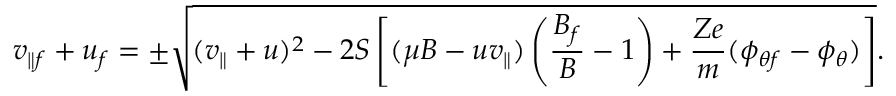
v _ { \parallel f } + u _ { f } = \pm \sqrt { ( v _ { \parallel } + u ) ^ { 2 } - 2 S \left[ ( \mu B - u v _ { \parallel } ) \left( \frac { B _ { f } } { B } - 1 \right) + \frac { Z e } { m } ( \phi _ { \theta f } - \phi _ { \theta } ) \right] } .